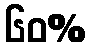
၆၀%